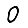
Digit: 0